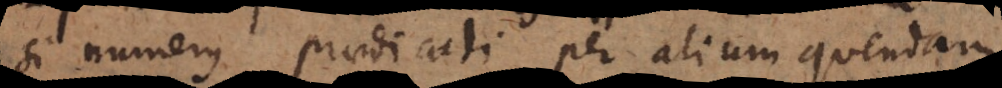
si numerus praedicati per alium quendam